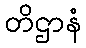
တိဌာနံ